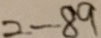
= - 8 9